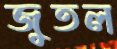
জুতল